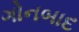
ગોનબાદ